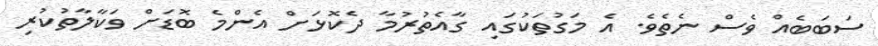
ސަބަބެއް ވެސް ނެތެވެ. އެ މަގުތަކުގައި ގާއެތުރުމާ ދެކޮޅަށް އެންމެ ބޮޑަށް ވަކާލާތުކުރި